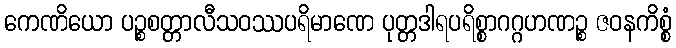
ကေဏိယော ပဉ္စစတ္တာလီသဝဿပရိမာဏေ ပုတ္တဒါရပရိစ္စာဂဂ္ဂဟဏဉ္စ ဇဝနကိစ္စံ